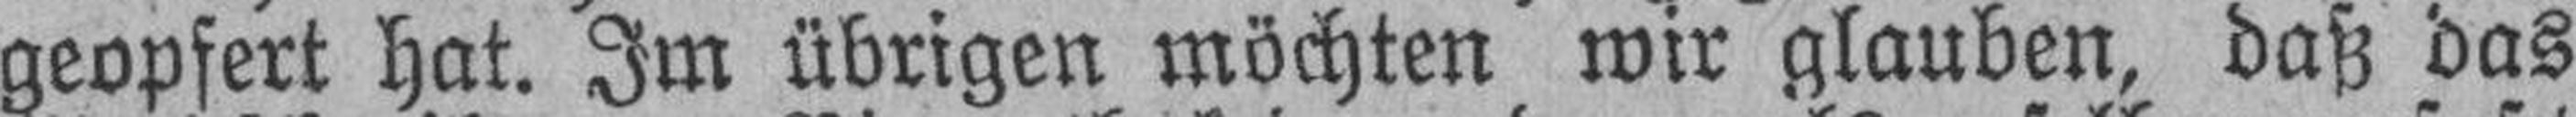
geopfert hat. Im übrigen möchten wir glauben, daß das